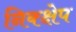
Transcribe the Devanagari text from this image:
निक्क्षेप